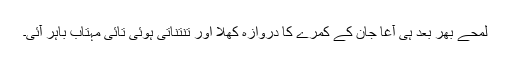
لمحے بھر بعد ہی آغا جان کے کمرے کا دروازہ کھلا اور تنتناتی ہوئی تائی مہتاب باہر آئی۔